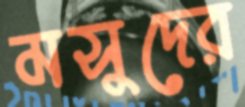
মসুদের